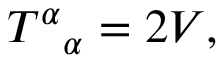
T ^ { \alpha } { } _ { \alpha } = 2 V ,